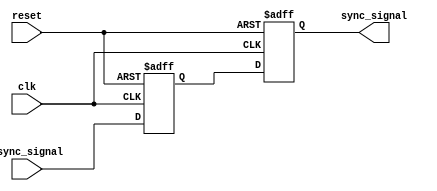
module metastability_detector (
    input wire clk,                // Synchronous clock input
    input wire async_signal,       // Asynchronous input signal
    input wire reset,              // Asynchronous reset signal
    output reg sync_signal         // Synchronized output signal
);

    // Intermediate signal to hold the output of the first flip-flop
    reg ff1_q;

    // First flip-flop (FF1)
    always @(posedge clk or posedge reset) begin
        if (reset) begin
            ff1_q <= 1'b0;          // Reset FF1 to 0
        end else begin
            ff1_q <= async_signal;  // Capture async_signal
        end
    end

    // Second flip-flop (FF2)
    always @(posedge clk or posedge reset) begin
        if (reset) begin
            sync_signal <= 1'b0;     // Reset FF2 to 0
        end else begin
            sync_signal <= ff1_q;     // Capture output of FF1
        end
    end

endmodule